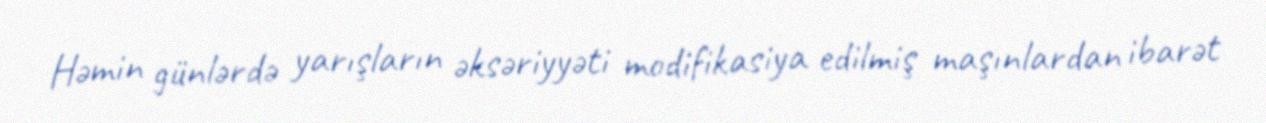
Həmin günlərdə yarışların əksəriyyəti modifikasiya edilmiş maşınlardan ibarət